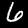
Label: 6